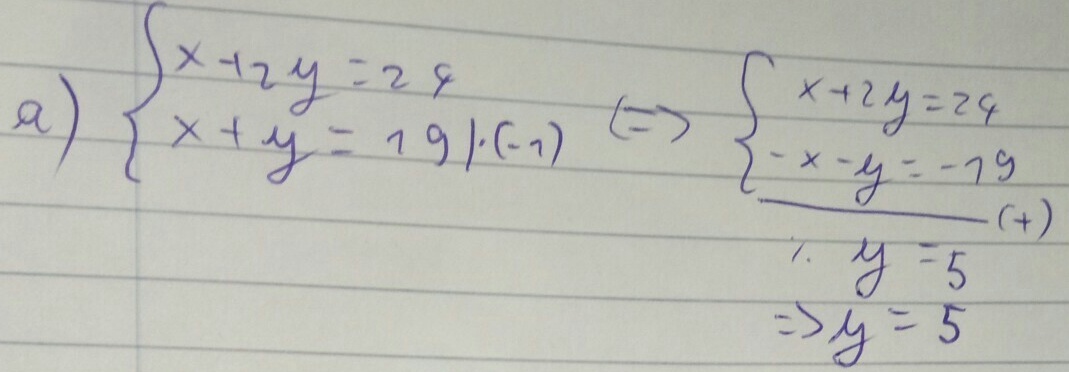
a) \(\begin{cases}x + 2y = 24 \\ x + y=19\end{cases}\cdot(-1)\Leftrightarrow\begin{cases}x + 2y = 24 \\ -x - y=-19 \\+\end{cases}\)
\(\hline y = 5\)
\(\Rightarrow y = 5\)